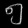
Digit: ၅